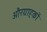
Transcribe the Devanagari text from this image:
औरग्राहकों